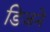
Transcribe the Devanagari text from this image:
डिजने